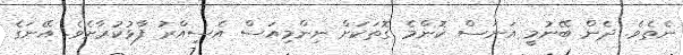
ނެތެވެ. ދެން ބޭނުމީ އަނަސް ކޮންމެ ގޮތަކަށް ނިންމިއަސް އެސިއްރު ފާޅުކުރާށެވެ. އޭނަގެ